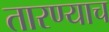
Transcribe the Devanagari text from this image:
तारण्याच